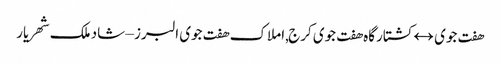
هفت جوی ↔ کشتارگاه هفت جوی کرج,املاک هفت جوی البرز – شاد ملک شهریار